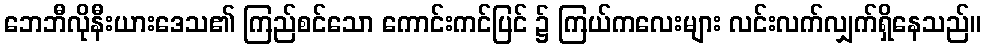
ဘေဘီလိုနီးယားဒေသ၏ ကြည်စင်သော ကောင်းကင်ပြင် ၌ ကြယ်ကလေးများ လင်းလက်လျှက်ရှိနေသည်။